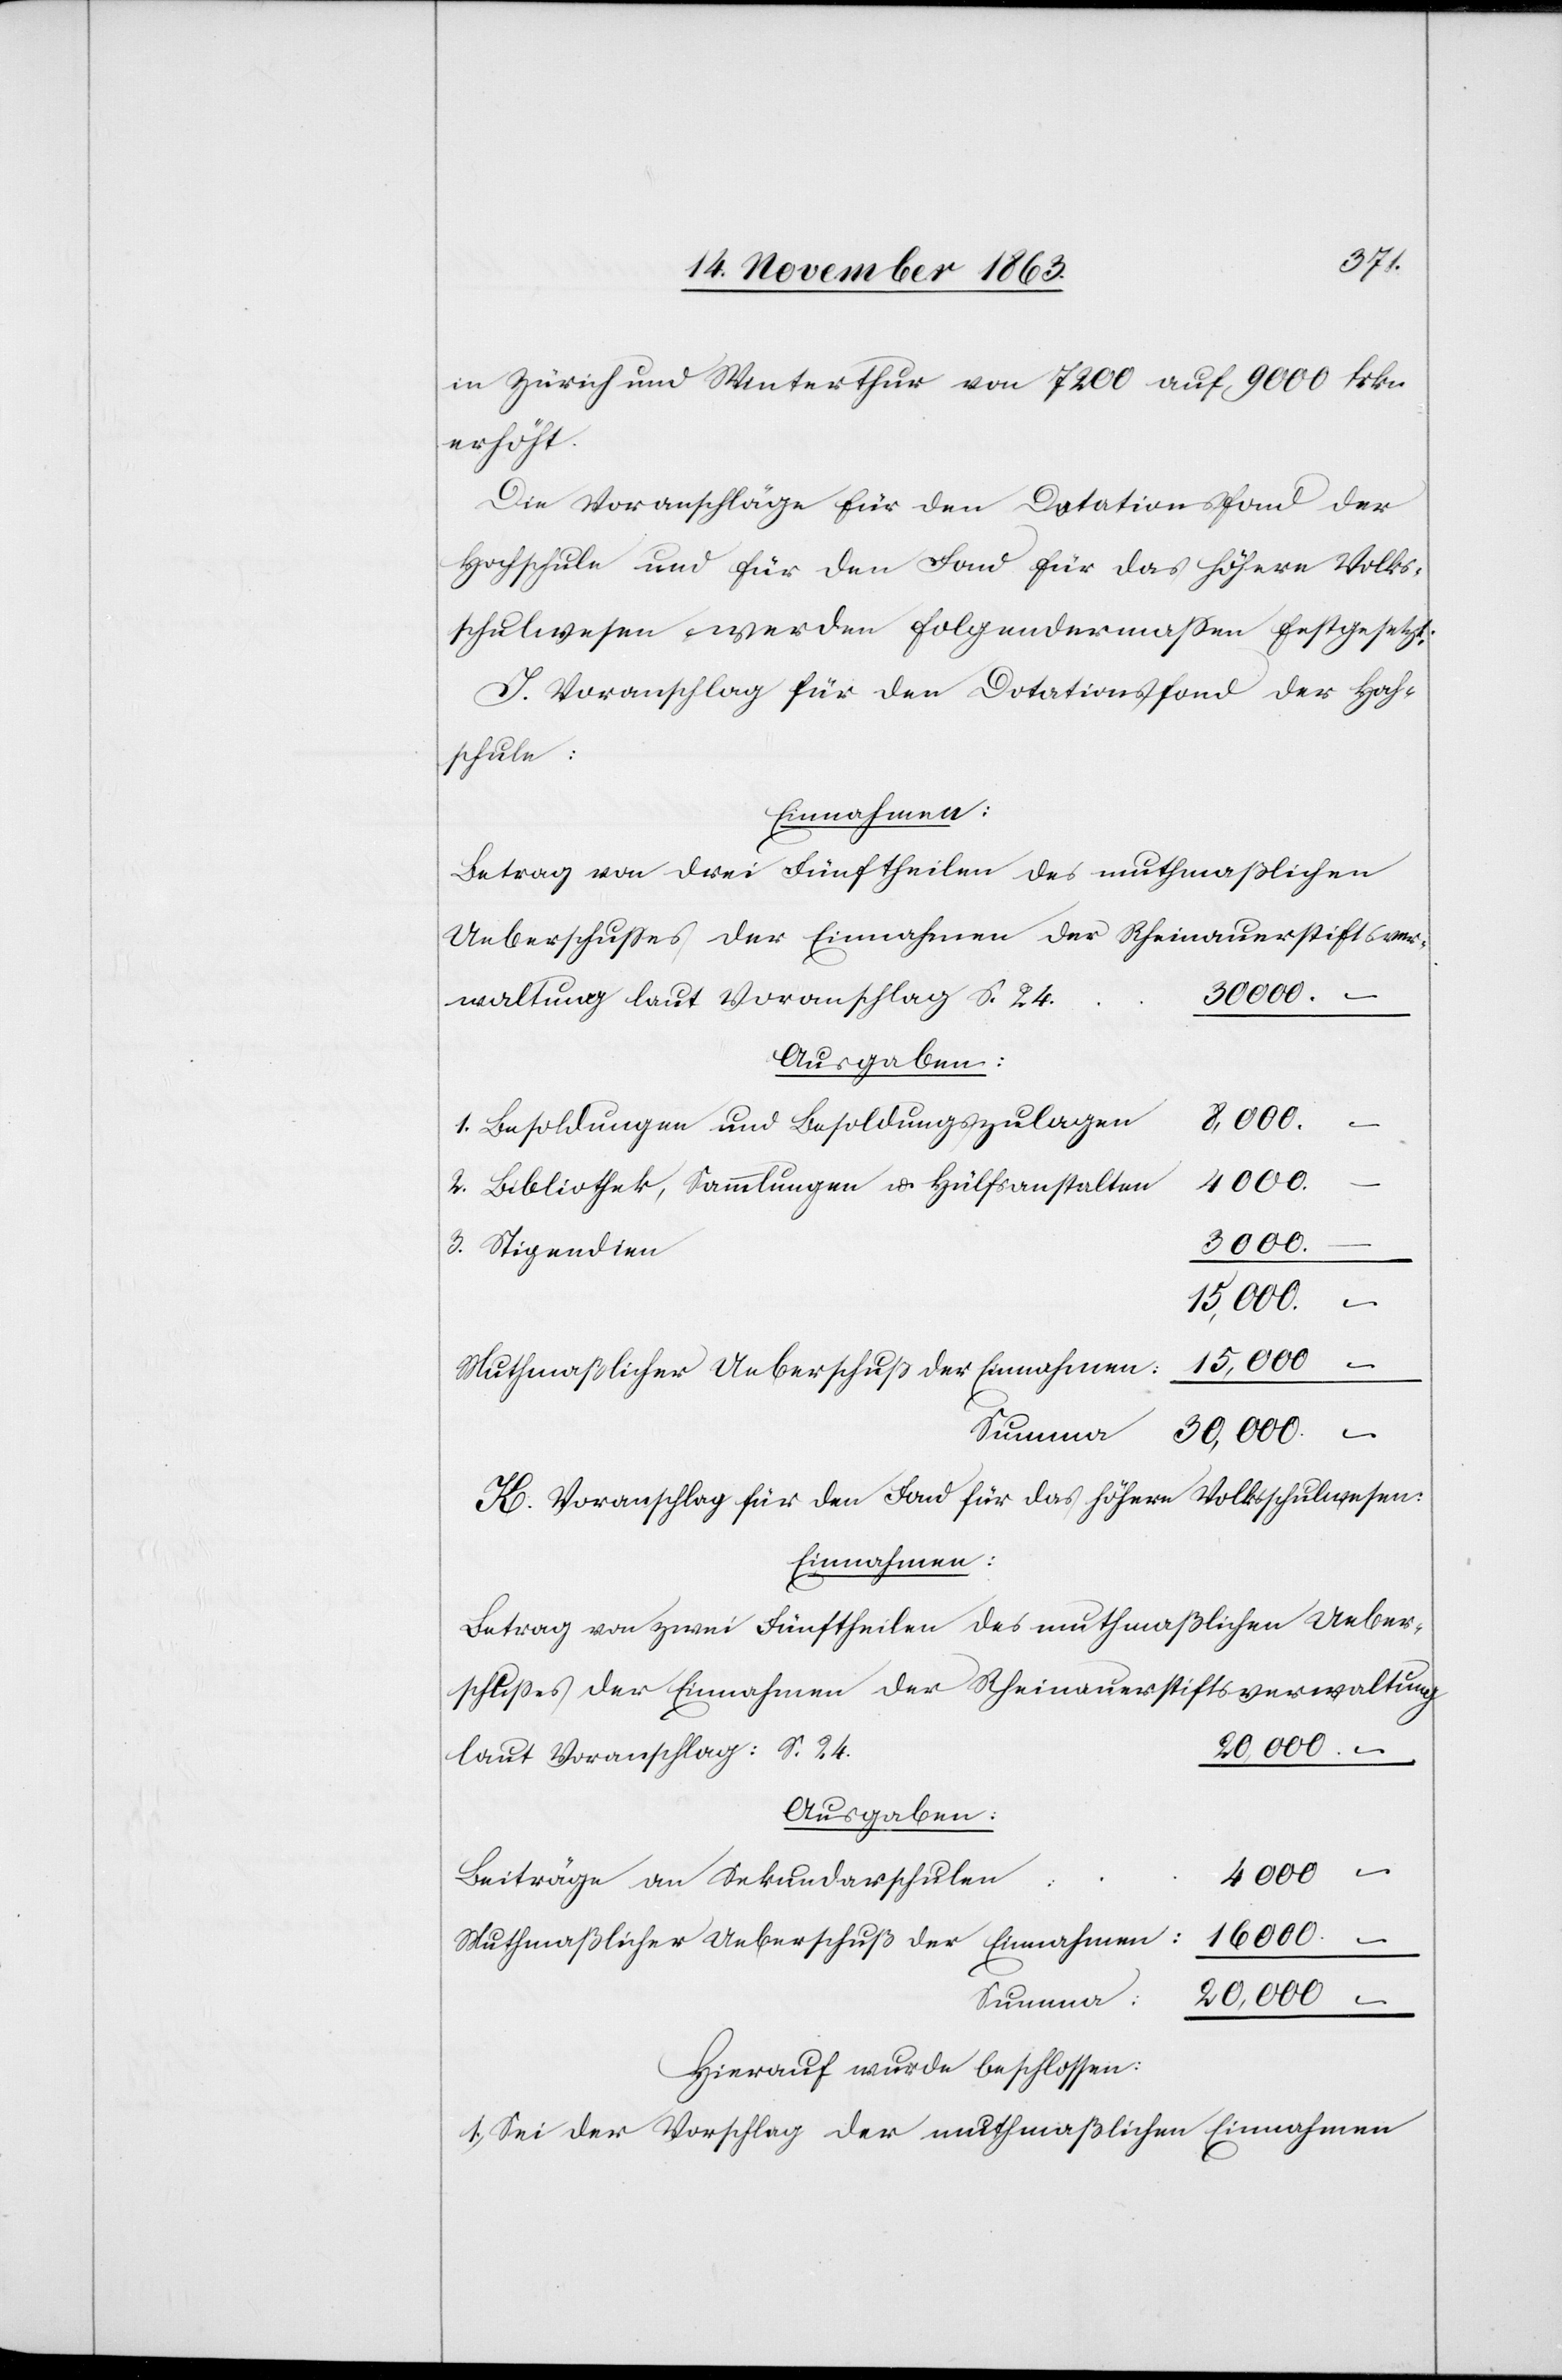
in Zürich und Winterthur von 7200 auf 9000 frkn
erhöht.
Die Voranschläge für den Dotationsfond der
Hochschule und für den Fond für das höhere Volks¬
schulwesen werden folgendermassen festgesetzt:
I. Voranschlag für den Dotationsfond der Hoch¬
schule:
Einnahmen:
Betrag von drei Fünftheilen des muthmaßlichen
Ueberschusses der Einnahmen der Rheinauerstiftsver¬
waltung laut Voranschlag S. 24
Ausgaben:
3000.
1. Besoldungen und Besoldungszulagen
8,000.
2. Bibliothek, Sammlungen u. Hülfsanstalten
3. Stipendien
–
15,000
Muthmaßlicher Ueberschuß der Einnahmen:
–
Summa
30,000.
K. Voranschlag für den Fond für das höhere Volksschulwesen:
Einnahmen:
Betrag von zwei Fünftheilen des muthmaßlichen Ueber¬
schusses der Einnahmen der Rheinauerstiftsverwaltung
30 000. –
laut Voranschlag: S. 24.
4000 –
Beiträge an Sekundarschulen:
16 000. –
Summa:
20,000 –
Hierauf wurde beschlossen:
I Sei der Vorschlag der muthmaßlichen Einnahmen